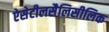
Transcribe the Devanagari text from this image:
ऐसेटीलसैलिसीलिक